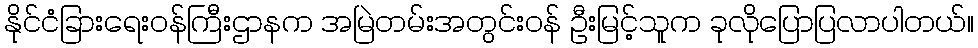
နိုင်ငံခြားရေးဝန်ကြီးဌာနက အမြဲတမ်းအတွင်းဝန် ဦးမြင့်သူက ခုလိုပြောပြလာပါတယ်။